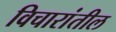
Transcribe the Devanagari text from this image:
विचारांतील